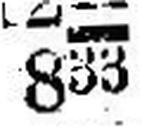
833